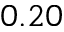
0 . 2 0